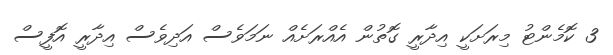
3 ކޮމެންޓު މިރަށަކީ އިދާރީ ގޮތުން އެއްރަށެއް ނަމަވެސް އަދިވެސް އިދާރީ އޮފީސް